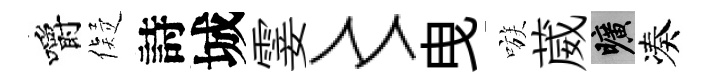
嚼儗詩城霎〻曳嗾葳曠凑